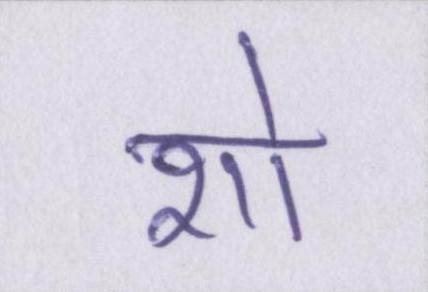
शो